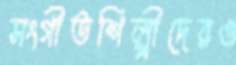
সংগীতশিল্পীদেরও